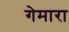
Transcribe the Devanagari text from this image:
गेमारा